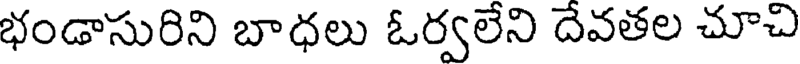
భండాసురిని బాధలు ఓర్వలేని దేవతల చూచి